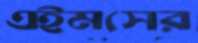
এইমসের